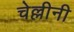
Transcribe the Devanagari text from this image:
चेल्लीनी